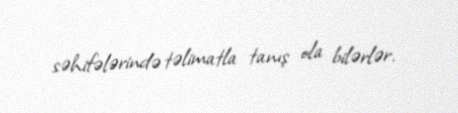
səhifələrində təlimatla tanış ola bilərlər.